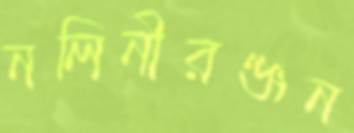
নলিনীরঞ্জন